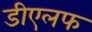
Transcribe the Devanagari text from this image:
डीएलफ